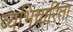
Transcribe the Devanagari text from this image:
व्यभिचारिता